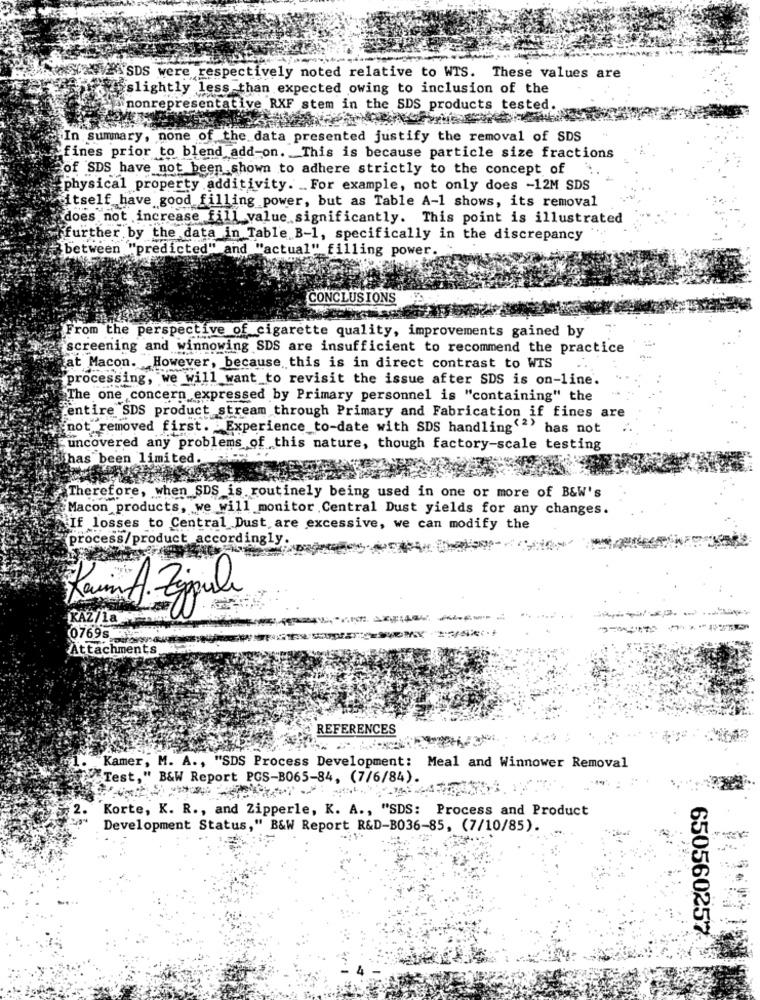
SDS were respectively noted relative to WTS. These values are
@slightly less than expected owing to inclusion of the
nonrepresentative RXF stem in the SDS products tested.
In summary, none of the data presented justify the removal of SDS
`fines prior to blend add-on. This is because particle size fractions
of SDS have not been shown to adhere strictly to the concept of
physical property additivity. For example, not only does -12M SDS
itself have good filling power, but as Table A-1 shows, its removal
does not increase fill_value significantly. This point is illustrated
further by the data in Table B-1, specifically in the discrepancy
between "predicted" and "actual" filling power. "
CONCLUSIONS
From the perspective of cigarette quality, improvements gained by
screening and winnowing SDS are insufficient to recommend the practice
at Macon. However, because this is in direct contrast to WTS
processing, we will want to revisit the issue after SDS is on-line.
The one concern expressed by Primary personnel is "containing" the
entire SDS product stream through Primary and Fabrication if fines are
not removed first. Experience to-date with SDS handling'"" has not
uncovered any problems of this nature, though factory-scale testing
has been limited.
Therefore, when SDS is routinely being used in one or more of B&W's
Macon products, we will monitor Central Dust yields for any changes.
If losses to Central Dust, are excessive, we can modify the
process/product accordingly
Raum A. Zippule
0769
Attachments
REFERENCES
Kamer, M. A ., "SDS Process Development: Meal and Winnower Removal
Test," B&W Report PGS-B065-84, (7/6/84).
Korte, K. R ., and Zipperle, K. A ., "SDS: Process and Product
Development Status," B&W Report R&D-B036-85, (7/10/85).
650560257